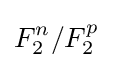
F_{2}^{n}/F_{2}^{p}